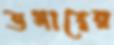
ডগারের